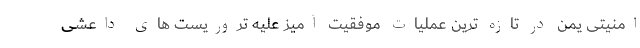
امنیتی یمن در تازه ترین عملیات موفقیت آمیز علیه تروریست های داعشی